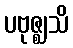
ပဗုဇ္ဈသိ